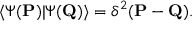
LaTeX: \langle \Psi ( { \bf P } ) | \Psi ( { \bf Q } ) \rangle = \delta ^ { 2 } ( { \bf P } - { \bf Q } ) .